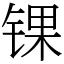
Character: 锞